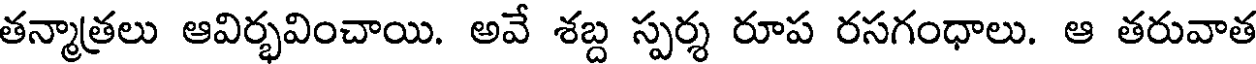
తన్మాత్రలు ఆవిర్భవించాయి. అవే శబ్ద స్పర్శ రూప రసగంధాలు. ఆ తరువాత